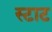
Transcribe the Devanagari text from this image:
स्टाट